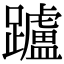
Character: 𨇖